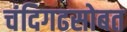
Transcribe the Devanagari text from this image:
चंदिगढसोबत